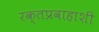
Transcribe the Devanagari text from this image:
रक्तप्रवाहाशी